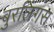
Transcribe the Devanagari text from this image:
बुरलिंगस